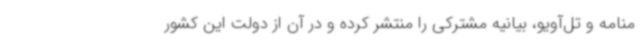
منامه و تل‌آویو، بیانیه مشترکی را منتشر کرده و در آن از دولت این کشور